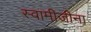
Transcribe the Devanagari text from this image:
स्वामीजीना